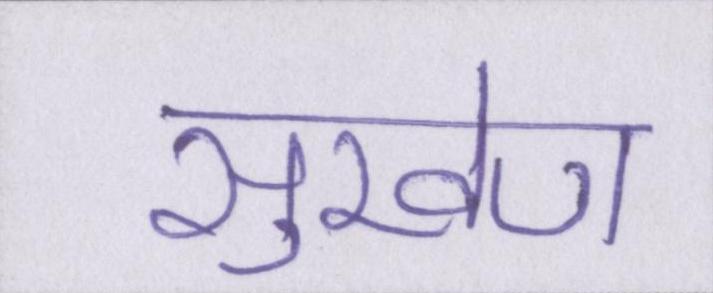
सुखेण